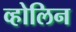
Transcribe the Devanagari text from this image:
व्होलिन